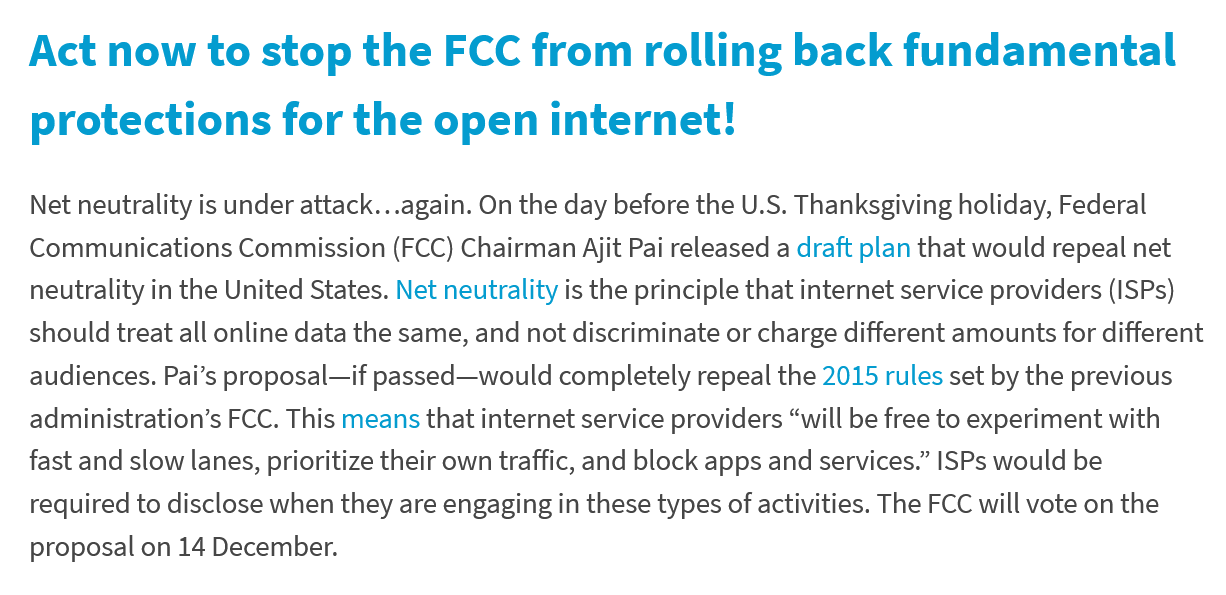
Act   now    to  stop the    FCC    from    rolling    back    fundamental
   protections    for  the   open    internet!
   Net neutrality is under attack...again. On the day before the U.S. Thanksgiving holiday, Federal
   Communications  Commission  (FCC) Chairman Ajit Pai released a draft plan that would repeal net
   neutrality in the United States. Net neutrality is the principle that internet service providers (ISPs)
   should treat all online data the same, and not discriminate or charge different amounts for differen
   audiences. Pai’s proposal—if passed—would completely repeal the 2015 rules set by the previous
   administration’s FCC. This means that internet service providers “will be free to experiment with
   fast and slow lanes, prioritize their own traffic, and block apps and services.” ISPs would be
   required to disclose when they are engaging in these types of activities. The FCC will vote on the
   proposal on 14 December.